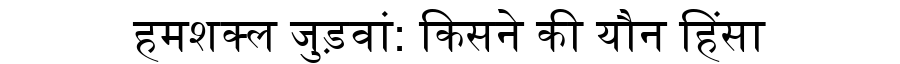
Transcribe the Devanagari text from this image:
हमशक्ल जुड़वां: किसने की यौन हिंसा